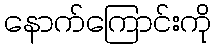
နောက်ကြောင်းကို